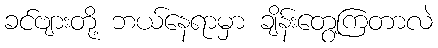
ခင်ဗျားတို့ ဘယ်နေရာမှာ ချိန်းတွေ့ကြတာလဲ